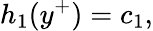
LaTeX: {h}_{1}(y^{+})=c_{1},